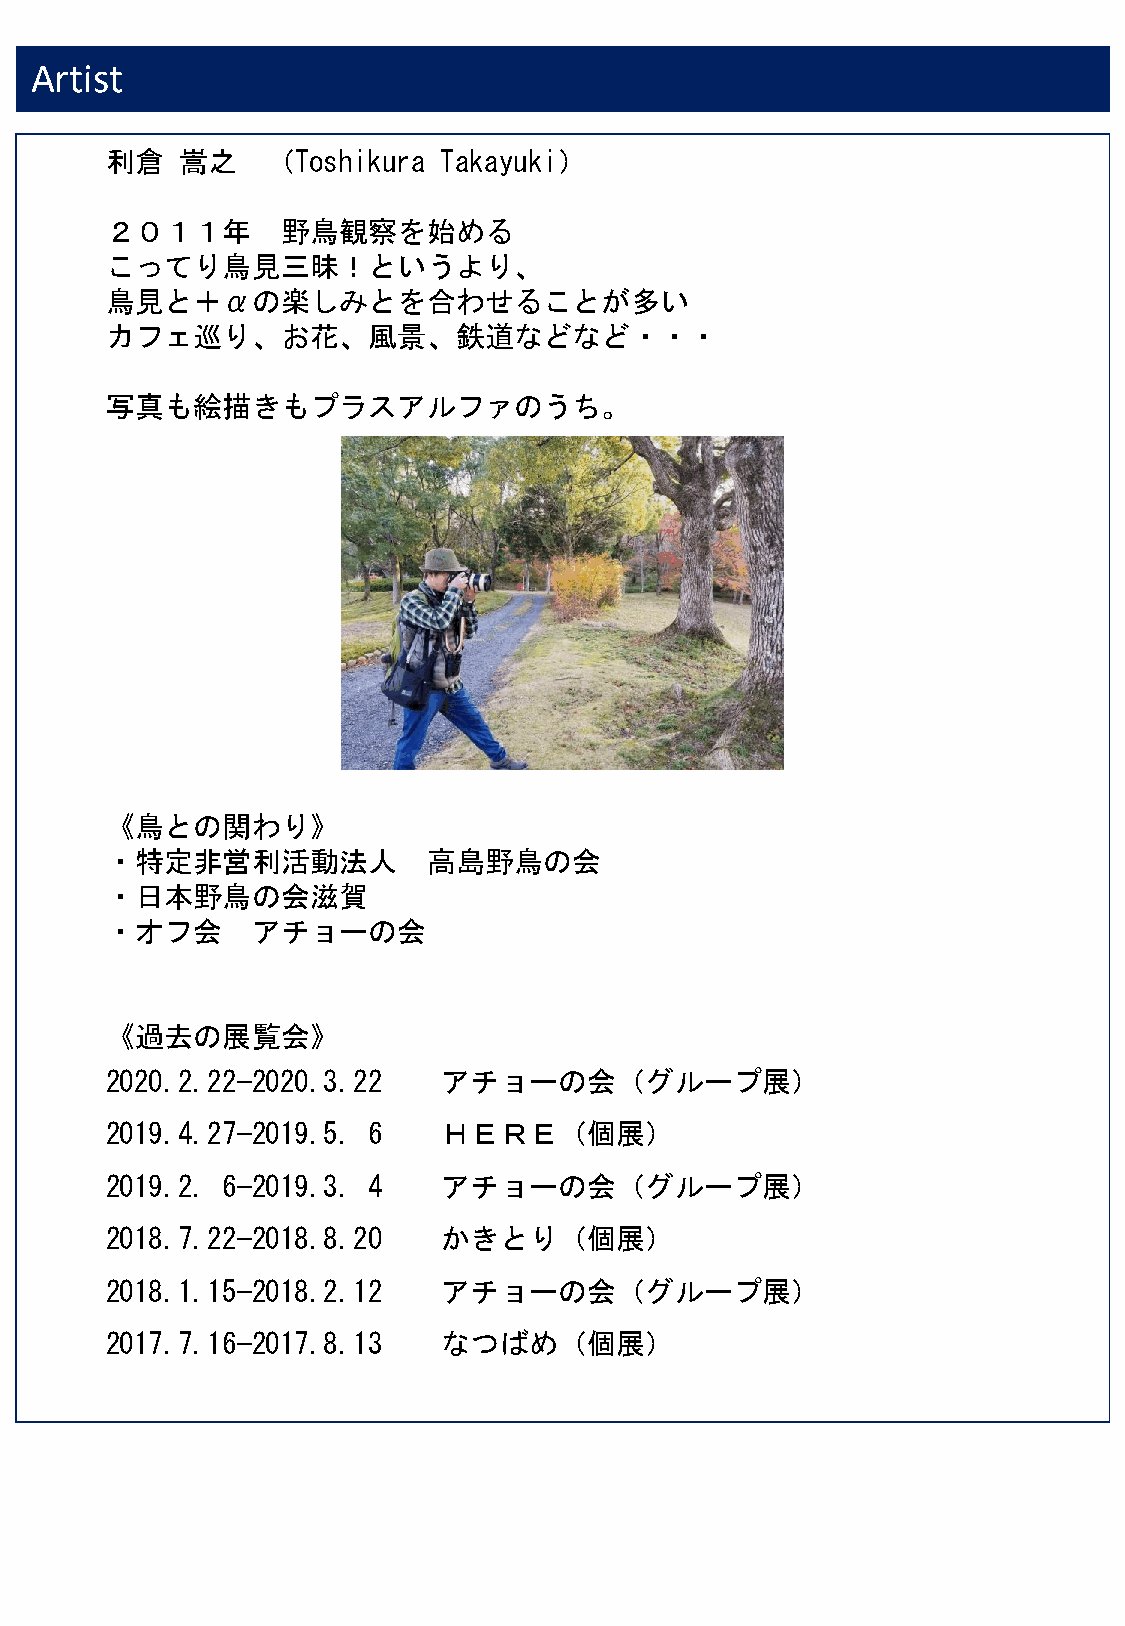
Artist
 利倉   嵩之    （Toshikura Takayuki）
 ２０１１年       野鳥観察を始める
 こってり鳥見三昧！というより、
 鳥見と＋αの楽しみとを合わせることが多い
 カフェ巡り、お花、風景、鉄道などなど・・・
 写真も絵描きもプラスアルファのうち。
 《鳥との関わり》
 ・特定非営利活動法人           高島野鳥の会
 ・日本野鳥の会滋賀
 ・オフ会      アチョーの会
 《過去の展覧会》
 2020.2.22—2020.3.22   アチョーの会（グループ展）
 2019.4.27—2019.5. 6   ＨＥＲＥ（個展）
 2019.2. 6—2019.3. 4   アチョーの会（グループ展）
 2018.7.22—2018.8.20   かきとり（個展）
 2018.1.15—2018.2.12   アチョーの会（グループ展）
 2017.7.16—2017.8.13   なつばめ（個展）